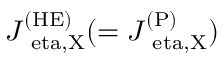
J _ { \mathrm { \ e t a , X } } ^ { \mathrm { ( H E ) } } ( = J _ { \mathrm { \ e t a , X } } ^ { \mathrm { ( P ) } } )